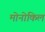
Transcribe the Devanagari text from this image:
मोनोकिल